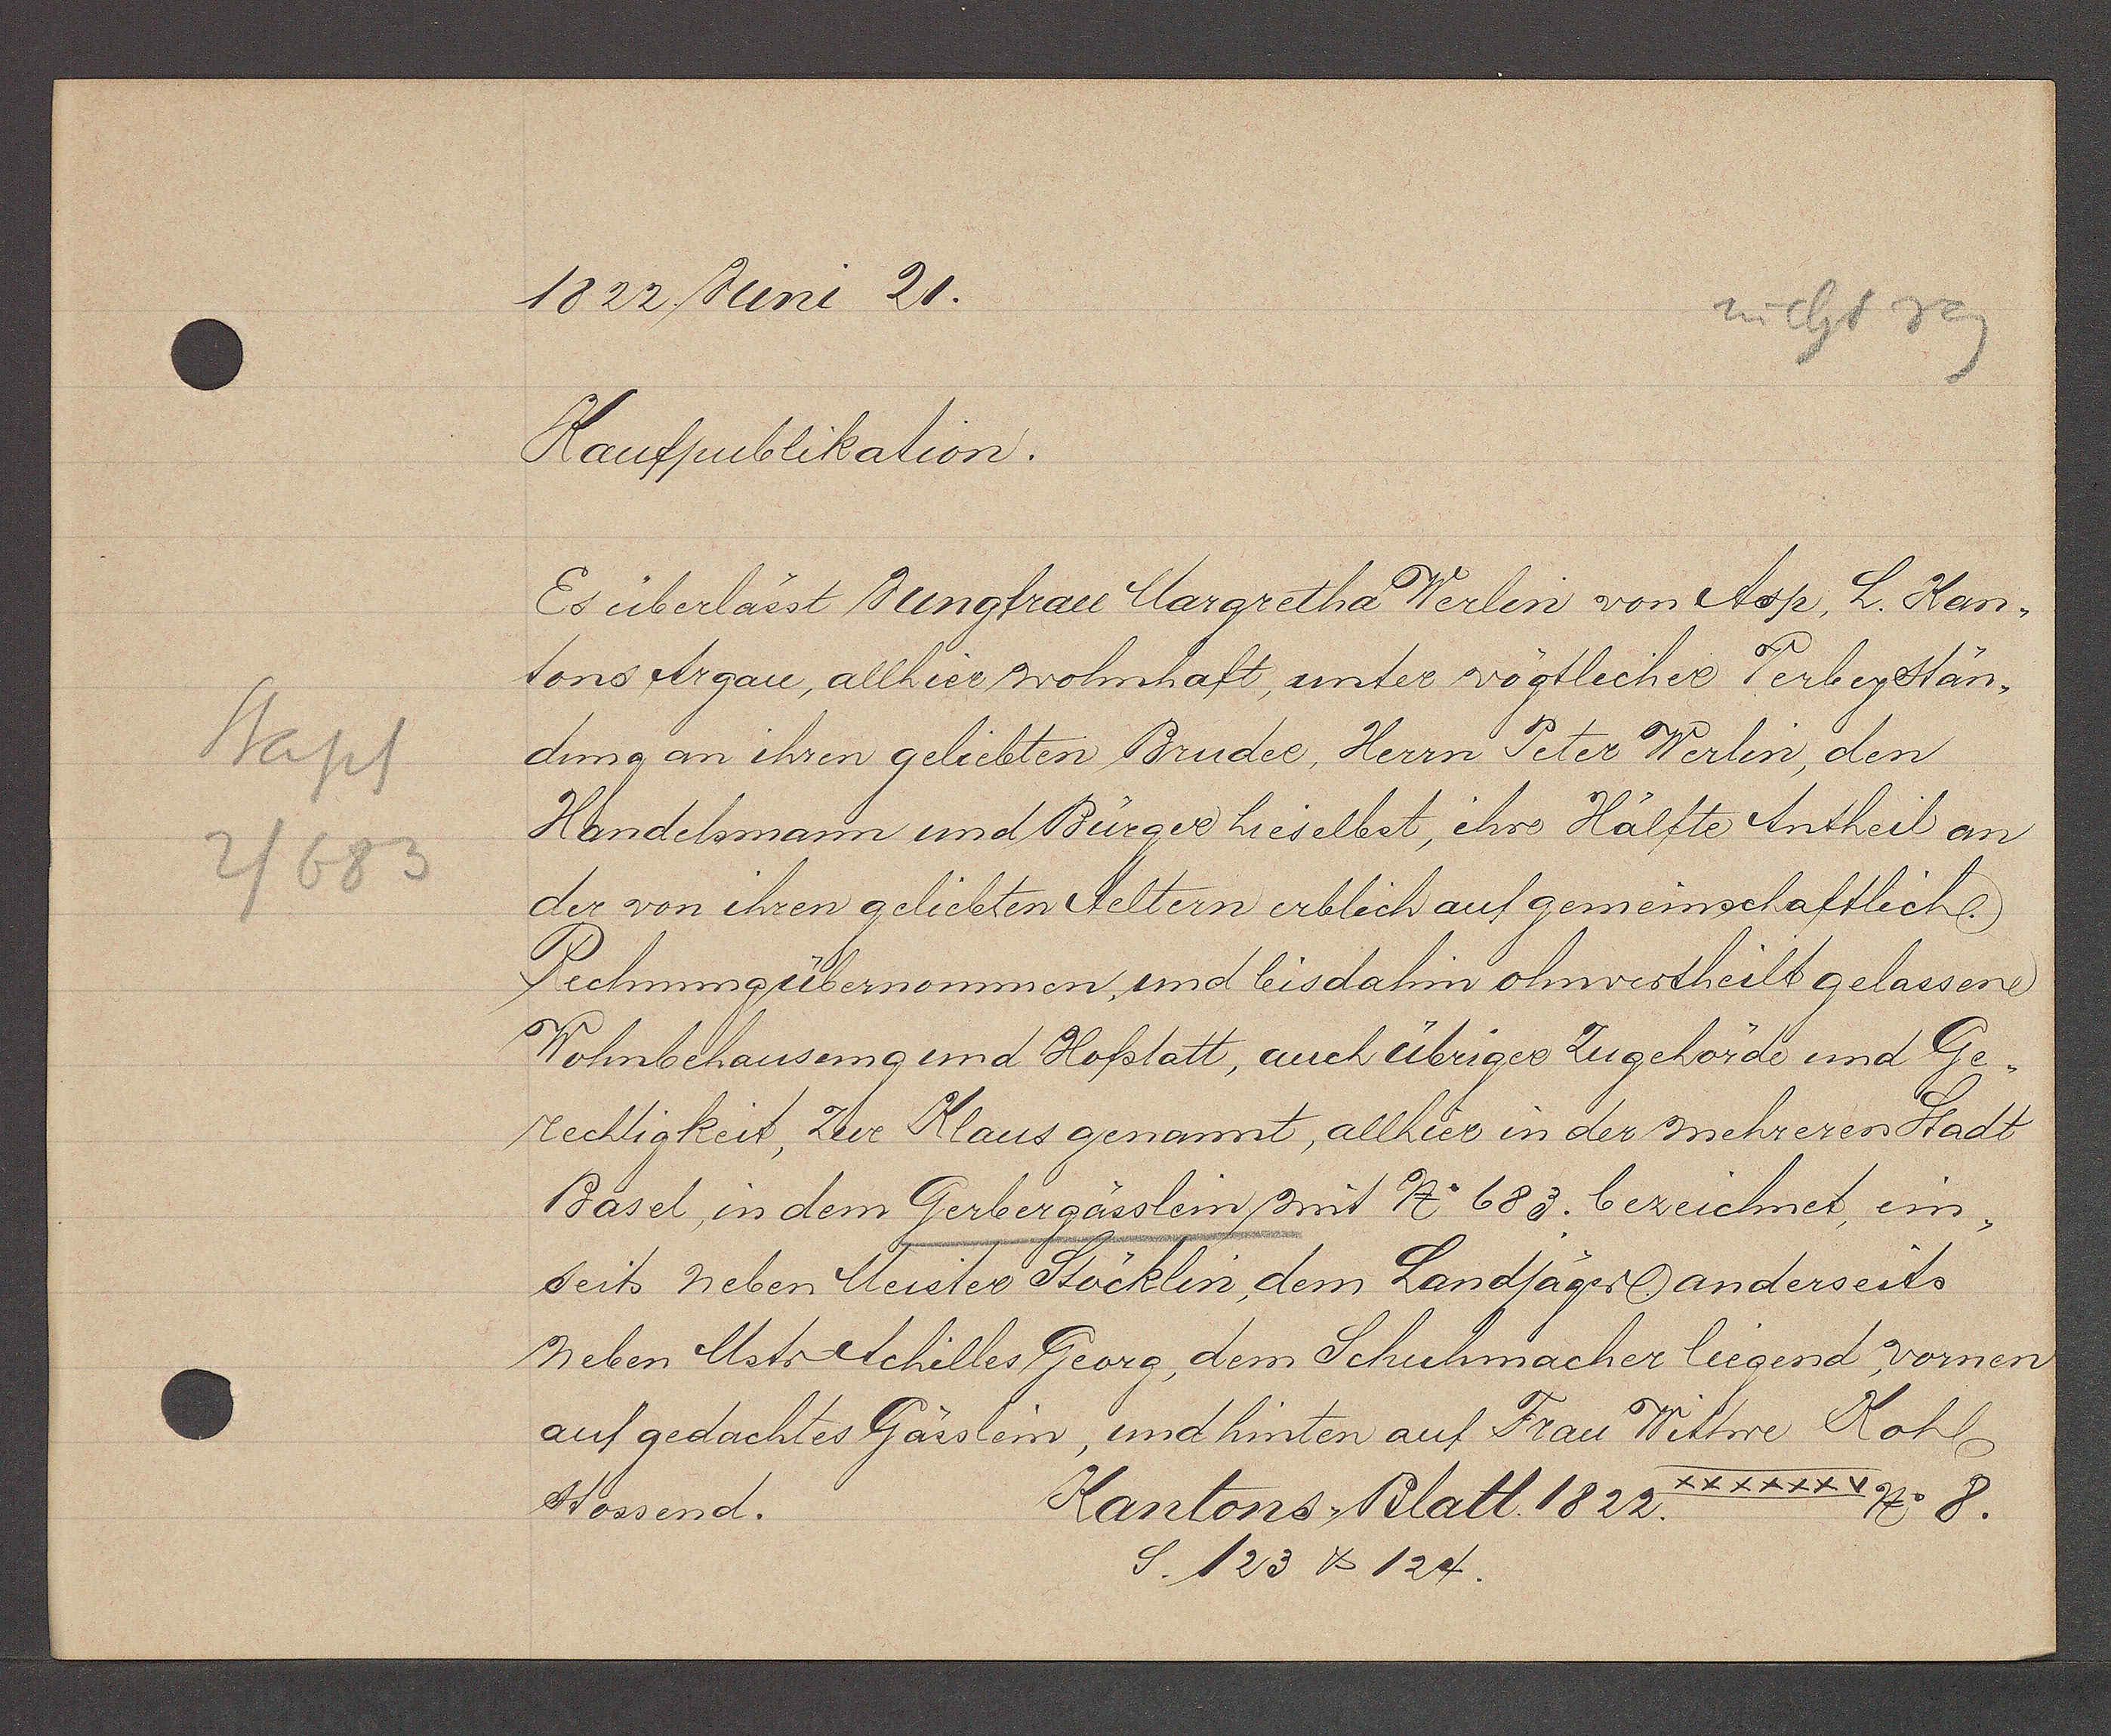
Transcript:
Kapt
2/5383

1822 ßume 21.
2 bhf 7
Kaufpublikation.
Es überlasst Bungfrau Margretha Werlin von Asp h. Han-
v
3
tons Argaie, allhier Wohnhaft, unter vögtlecher Verbeydtan¬
dung an Ehren geliebten Bruder, Herrn Peter Werlin, den
Handelsmann und Burger hieselbst, ehre Kalfts Untheil an
dez von ihren gelielten Seltern erblich auf gemeinschaftliche
Fichnungelbemonnen, und liodahin ohnwestheilt gelassen,
Wohnbehausung und Hofstatt, euch ebriger Zugehörde und G-
Rechtigkeit, der Kaus genannt, allhier in der mehreren Stadt
Bäsel, in dem Gerbergasslein smit N. 683. beweichmet, ein:
seits neben Meriter Stäcklin dem Landfägrb anderseits
neben Mrtr Achelles Georg, dem Schuhmacherliegend vornen
auf gedachtes Gärslen, und hinten auf Frau Wiltwe Kohlen
785 8.
Kantons Blatt 1822
Sossend.
S. 123 v 124.